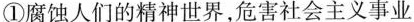
①腐蚀人们的精神世界，危害社会主义事业